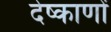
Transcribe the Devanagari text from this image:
देष्काणों